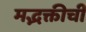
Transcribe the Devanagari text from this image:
मद्भक्तीची